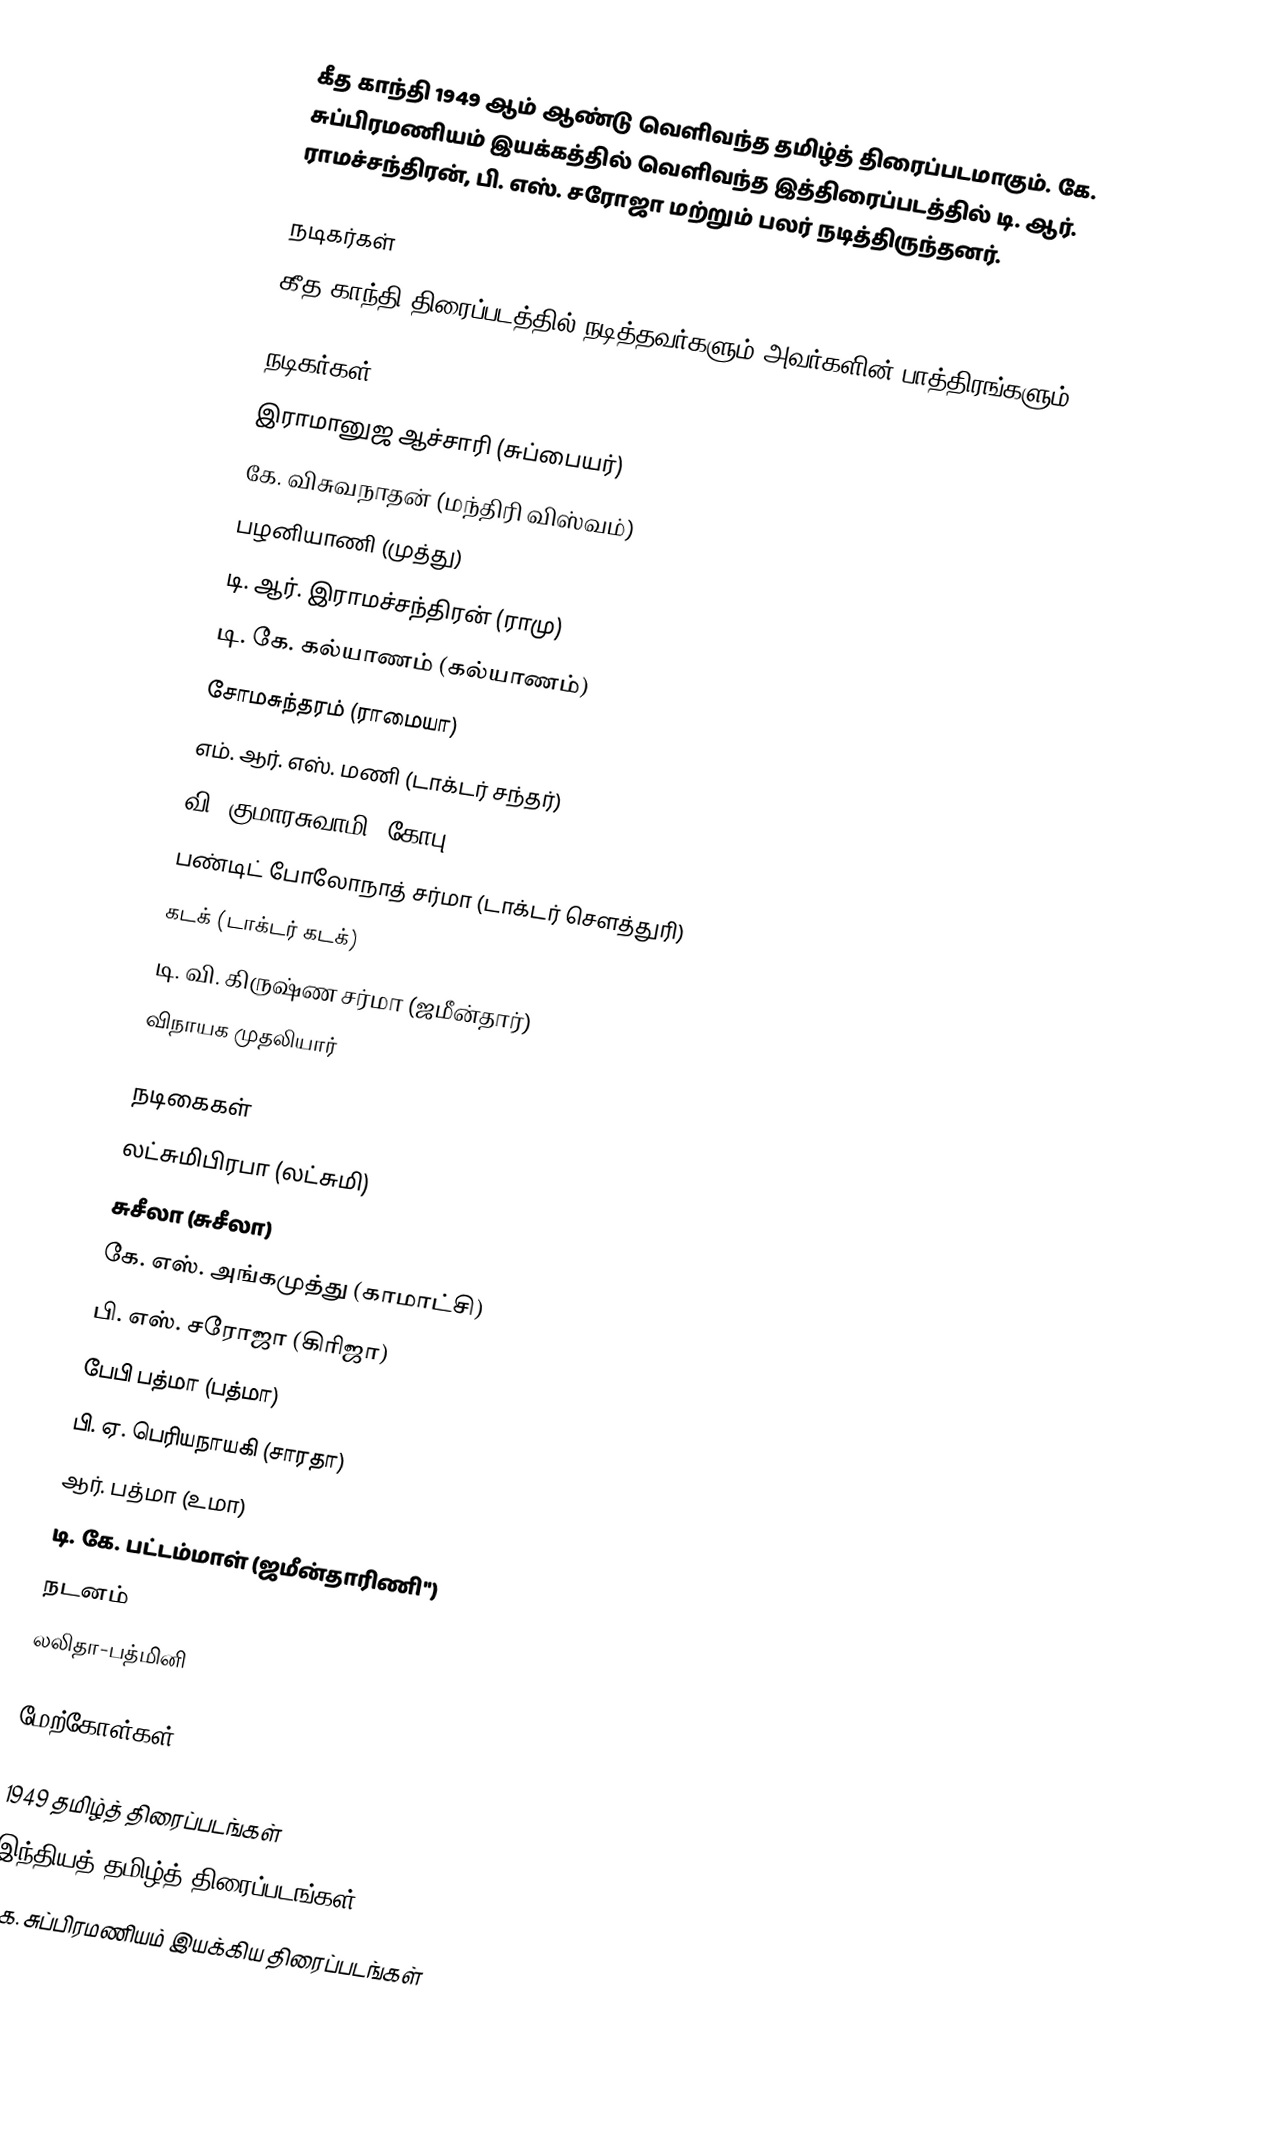
கீத காந்தி 1949 ஆம் ஆண்டு வெளிவந்த தமிழ்த் திரைப்படமாகும். கே. சுப்பிரமணியம் இயக்கத்தில் வெளிவந்த இத்திரைப்படத்தில் டி. ஆர். ராமச்சந்திரன், பி. எஸ். சரோஜா மற்றும் பலர் நடித்திருந்தனர்.

நடிகர்கள்
கீத காந்தி திரைப்படத்தில் நடித்தவர்களும் அவர்களின் பாத்திரங்களும்:

நடிகர்கள்
இராமானுஜ ஆச்சாரி (சுப்பையர்)
கே. விசுவநாதன் (மந்திரி விஸ்வம்)
பழனியாணி (முத்து)
டி. ஆர். இராமச்சந்திரன்  (ராமு)
டி. கே. கல்யாணம் (கல்யாணம்)
சோமசுந்தரம் (ராமையா)
எம். ஆர். எஸ். மணி (டாக்டர் சந்தர்)
வி. குமாரசுவாமி (கோபு)
பண்டிட் போலோநாத் சர்மா (டாக்டர் சௌத்துரி)
கடக் (டாக்டர் கடக்)
டி. வி. கிருஷ்ண சர்மா (ஜமீன்தார்)
விநாயக முதலியார்

நடிகைகள்
லட்சுமிபிரபா (லட்சுமி)
சுசீலா (சுசீலா)
கே. எஸ். அங்கமுத்து (காமாட்சி)
பி. எஸ். சரோஜா (கிரிஜா)
பேபி பத்மா (பத்மா)
பி. ஏ. பெரியநாயகி (சாரதா)
ஆர். பத்மா (உமா)
டி. கே. பட்டம்மாள் (ஜமீன்தாரிணி'')
நடனம்
லலிதா-பத்மினி

மேற்கோள்கள்

1949 தமிழ்த் திரைப்படங்கள்
இந்தியத் தமிழ்த் திரைப்படங்கள்
கே. சுப்பிரமணியம் இயக்கிய திரைப்படங்கள்